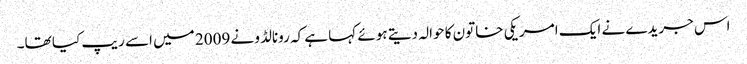
اس جریدے نے ایک امریکی خاتون کا حوالہ دیتے ہوئے کہا ہے کہ رونالڈو نے 2009 میں اسے ریپ کیا تھا۔